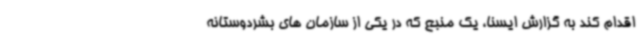
اقدام کند به گزارش ایسنا، یک منبع که در یکی از سازمان های بشردوستانه